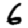
Digit: 6